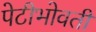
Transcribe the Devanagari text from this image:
पेटीभोवती